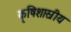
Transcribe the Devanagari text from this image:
कृषिशास्रीय